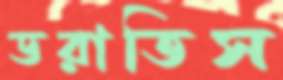
ডরাতিস